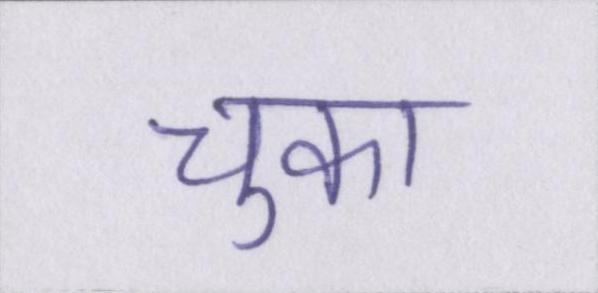
चुका